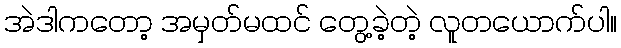
အဲဒါကတော့ အမှတ်မထင် တွေ့ခဲ့တဲ့ လူတယောက်ပါ။